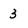
Character: 3